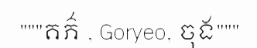
"""គភ៌ , Goryeo, ចុង"""